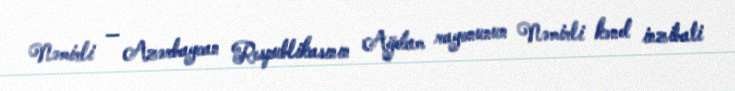
Nəmirli — Azərbaycan Respublikasının Ağdam rayonunun Nəmirli kənd inzibati